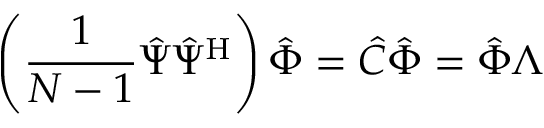
\left( \frac { 1 } { N - 1 } \hat { \Psi } \hat { \Psi } ^ { \mathrm { H } } \right) \hat { \Phi } = \hat { C } \hat { \Phi } = \hat { \Phi } \Lambda